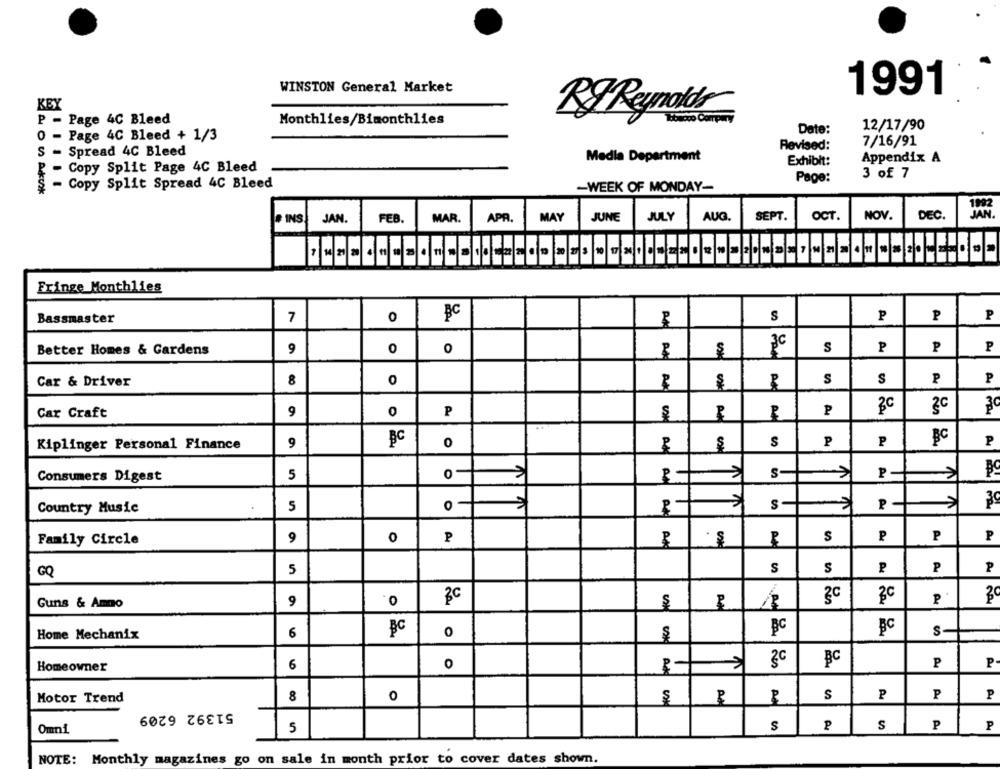
WINSTON General Market
1991
KEY
P - Page 4C Bleed
Monthlies/Bimonthlies
R& Reynolds
Date:
12/17/90
0 - Page 4C Bleed + 1/3
Revised:
7/16/91
S - Spread 4C Bleed
Media Department
Exhibit:
Appendix A
Copy Split Page 4C Bleed
R -
3 of 7
- Copy Split Spread 4C Bleed
Page:
-WEEK OF MONDAY-
SEPT.
OCT.
NOV
DEC.
# INS
JAN.
FEB.
MAR.
APR.
MAY
JUNE
JULY
AUG.
Fringe Monthlies
P
P
P
Bassmaster
7
0
PC
S
Better Homes & Gardens
9
0
0
3C
S
P
P
P
Car & Driver
8
0
s
S
₽
P
Car Craft
9
0
P
P
2c
20
Kiplinger Personal Finance
9
BC
0
$
S
P
P
PC
P
Consumers Digest
5
0
s-
P
RX AM
5
0 -
11
S
P
Country Music
9
0
S
P
P
P
Family Circle
P
S
S
P
P
GQ
5
3c
P
30
Guns & Amno
9
0
3c
BC
BC
Home Mechanix
6
BC
0
S
Homeowner
6
0
3c
BC
P
P
Add
Motor Trend
8
0
S
P
P
P
51392 6209
Omni
5
S
S
P
P
NOTE: Monthly magazines go on sale in month prior to cover dates shown.